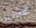
الالات